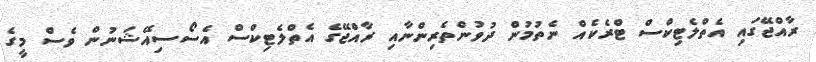
ރާއްޖޭގައި އެތްލެޓިކްސް ޓްރެކެއް ނެތުމުން ދުވުންތެރިންނާއި ރާއްޖޭގެ އެތްލެޓިކްސް އެސޯސިއޭޝަނުން ވެސް މީގެ